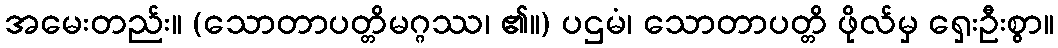
အမေးတည်း။ (သောတာပတ္တိမဂ္ဂဿ၊ ၏။) ပဌမံ၊ သောတာပတ္တိ ဖိုလ်မှ ရှေးဦးစွာ။